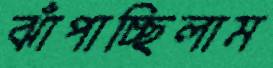
ঝাঁপাচ্ছিলাম